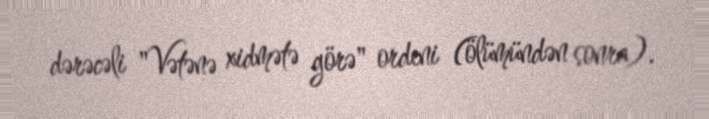
dərəcəli "Vətənə xidmətə görə" ordeni (ölümündən sonra).